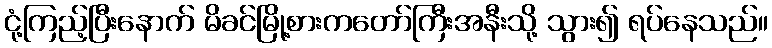
ငုံ့ကြည့်ပြီးနောက် မိခင်မြို့စားကတော်ကြီးအနီးသို့ သွား၍ ရပ်နေသည်။